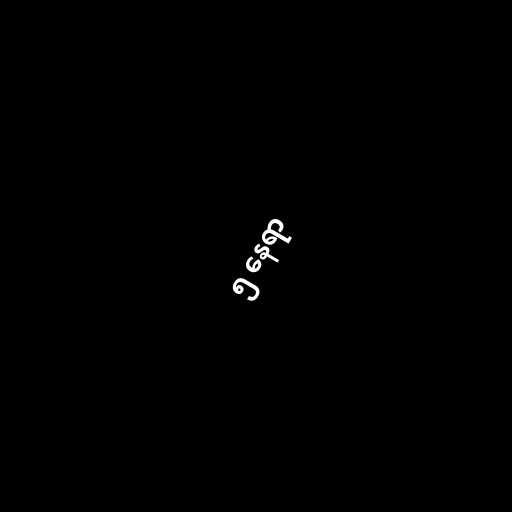
၅ နေရာ